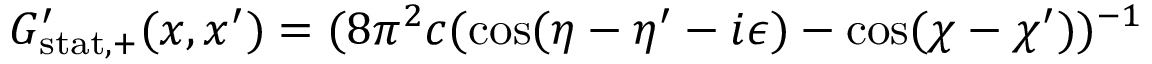
G _ { \mathrm { s t a t , + } } ^ { \prime } ( x , x ^ { \prime } ) = ( 8 \pi ^ { 2 } c ( \cos ( \eta - \eta ^ { \prime } - i \epsilon ) - \cos ( \chi - \chi ^ { \prime } ) ) ^ { - 1 }